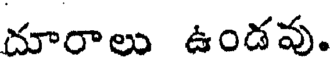
దూరాలు ఉండవు.